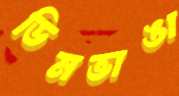
ডিমভাঙা